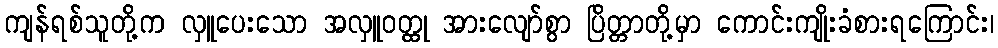
ကျန်ရစ်သူတို့က လှူပေးသော အလှူဝတ္ထု အားလျော်စွာ ပြိတ္တာတို့မှာ ကောင်းကျိုးခံစားရကြောင်း၊